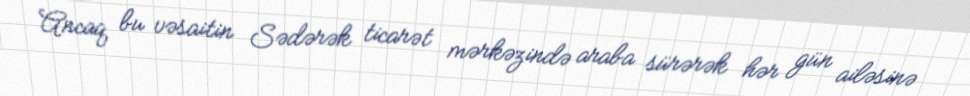
Ancaq bu vəsaitin Sədərək ticarət mərkəzində araba sürərək hər gün ailəsinə